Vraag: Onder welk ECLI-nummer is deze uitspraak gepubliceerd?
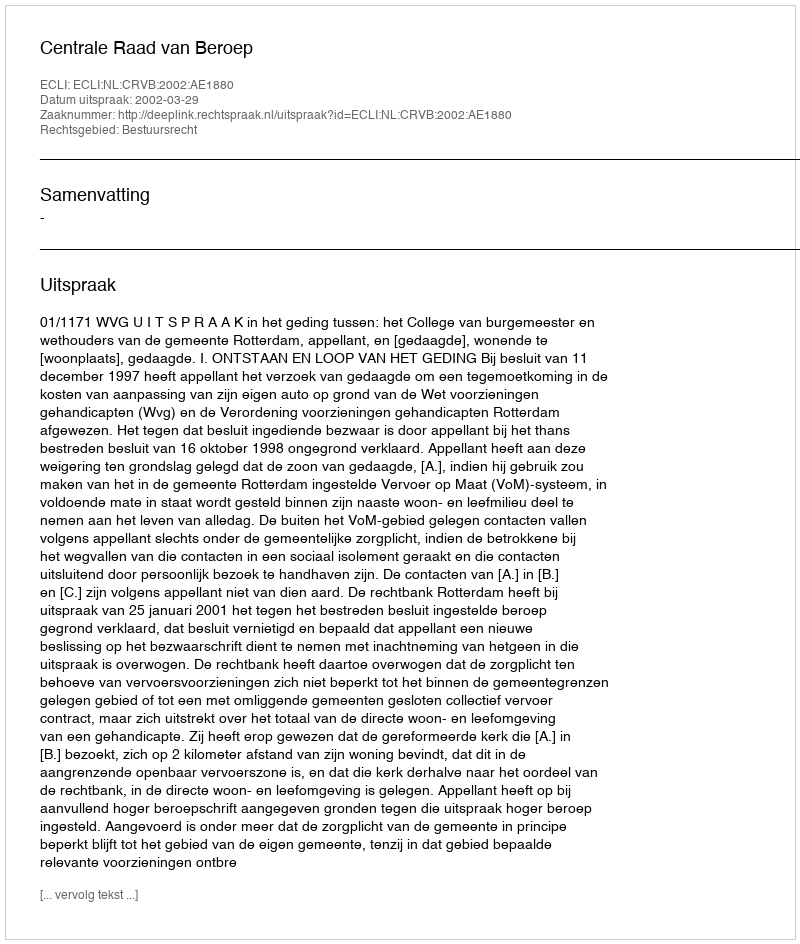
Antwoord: ECLI:NL:CRVB:2002:AE1880